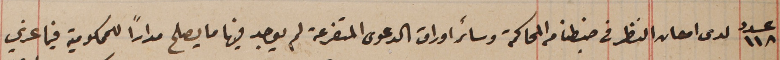
عدد ١١٨ لدى امعان النظر فى ضبطنا من المحاكمة وسائر اوراق الدعوى المتفرعة لم يوجد فيها ما يصلح مراراً للمحكومية فيما عزي